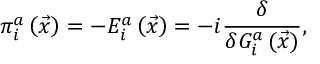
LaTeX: \pi _ { i } ^ { a } \left( \vec { x } \right) = - E _ { i } ^ { a } \left( \vec { x } \right) = - i \frac { \delta } { \delta G _ { i } ^ { a } \left( \vec { x } \right) } ,